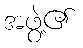
အဖွဲ့၏